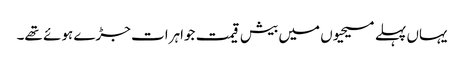
یہاں پہلے مسیحیوں میں بیش قیمت جواہرات جڑے ہوئے تھے۔